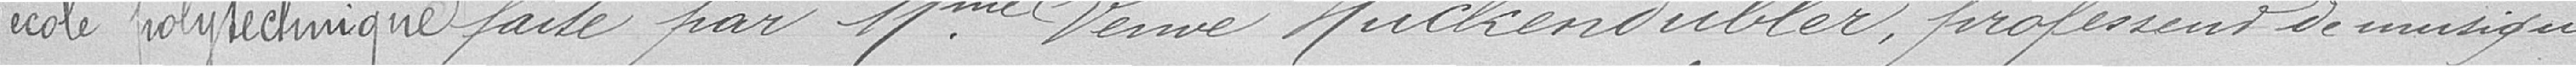
l'école polytechnique faite par Madame Veuve Huckendubler, professeur de musique